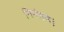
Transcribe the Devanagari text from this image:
निमंत्रण।